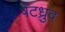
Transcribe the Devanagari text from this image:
षटध्रुव